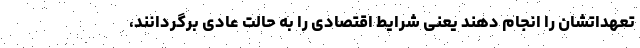
تعهداتشان را انجام دهند یعنی شرایط اقتصادی را به حالت عادی برگردانند،